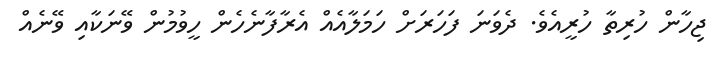
ޖިހާން ހުރިތާ ހުރީއެވެ. ދެވަނަ ފަހަރަށް ހަމަލާއެއް އެރާފާނެހެން ހީވުމުން ވޭނަކާއި ވޭނެއް